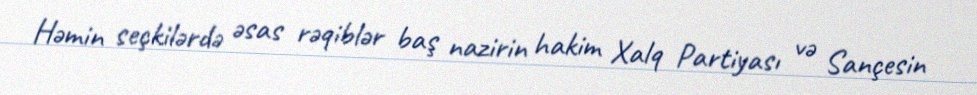
Həmin seçkilərdə əsas rəqiblər baş nazirin hakim Xalq Partiyası və Sançesin